Report on sanitation, dispensaries, and jails in Rajputana for 1919, and on vaccination for the year 1919-1920 - 1919-1920
Year: 1919
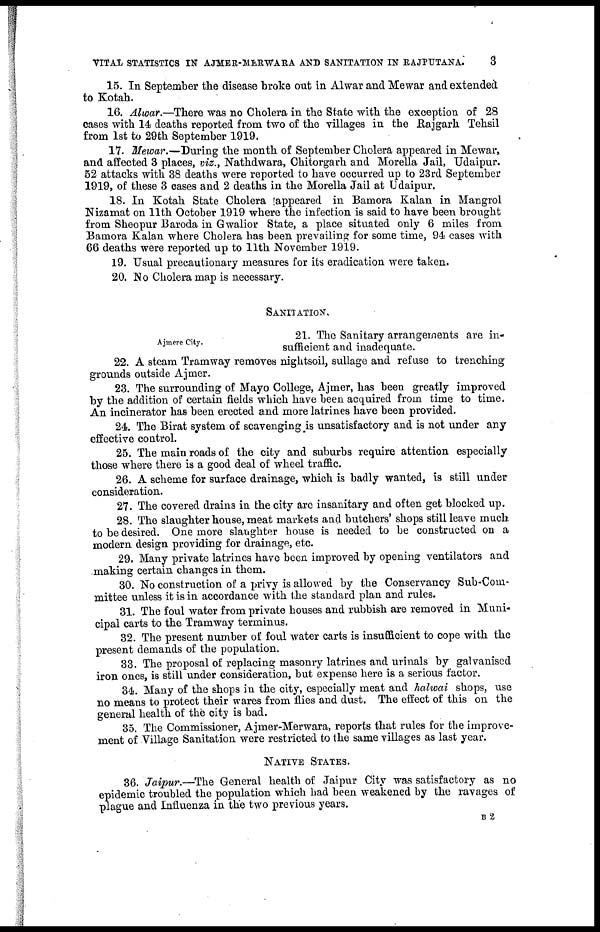
VITAL STATISTICS IN AJMER-MERWARA AND SANITATION IN RAJPUTANA.
3
15. In September the disease broke out in Alwar and Mewar and extended
to Kotah.
16. Alwar.—There was no Cholera in the State with the exception of 28
cases with 14 deaths reported from two of the villages in the Rajgarh Tehsil
from 1st to 29th September 1919.
17. Mewar.—During the month of September Cholera appeared in Mewar,
and affected 3 places, viz., Nathdwara, Chitorgarh and Morella Jail, Udaipur.
52 attacks with 38 deaths were reported to have occurred up to 23rd September
1919, of these 3 cases and 2 deaths in the Morella Jail at Udaipur.
18. In Kotah State Cholera [appeared in Bamora Kalan in Mangrol
Nizamat on 11th October 1919 where the infection is said to have been brought
from Sheopur Baroda in Gwalior State, a place situated only 6 miles from
Bamora Kalan where Cholera has been prevailing for some time, 94 cases with
66 deaths were reported up to 11th November 1919.
19. Usual precautionary measures for its eradication were taken.
20. No Cholera map is necessary.
SANITATION,
Ajmere City.
21. The Sanitary arrangements are in-
sufficient and inadequate.
22. A steam Tramway removes nightsoil, sullage and refuse to trenching
grounds outside Ajmer.
23. The surrounding of Mayo College, Ajmer, has been greatly improved
by the addition of certain fields which have been acquired from time to time.
An incinerator has been erected and more latrines have been provided.
24. The Birat system of scavenging is unsatisfactory and is not under any
effective control.
25. The main roads of the city and suburbs require attention especially
those where there is a good deal of wheel traffic.
26. A scheme for surface drainage, which is badly wanted, is still under
consideration.
27. The covered drains in the city arc insanitary and often get blocked up.
28. The slaughter house, meat markets and butchers' shops still leave much
to be desired. One more slaughter house is needed to be constructed on a
modern design providing for drainage, etc.
29. Many private latrines have been improved by opening ventilators and
making certain changes in them.
30. No construction of a privy is allowed by the Conservancy Sub-Com-
mittee unless it is in accordance with the standard plan and rules.
31. The foul water from private houses and rubbish are removed in Muni-
cipal carts to the Tramway terminus.
32. The present number of foul water carts is insufficient to cope with the
present demands of the population.
33. The proposal of replacing masonry latrines and urinals by galvanised
iron ones, is still under consideration, but expense here is a serious factor.
34. Many of the shops in the city, especially meat and halwai shops, use
no means to protect their wares from flies and dust. The effect of this on the
general health of the city is bad.
35. The Commissioner, Ajmer-Merwara, reports that rules for the improve-
ment of Village Sanitation were restricted to the same villages as last year.
NATIVE STATES.
36. Jaipur.—The General health of Jaipur City was satisfactory as no
epidemic troubled the population which had been weakened by the ravages of
plague and Influenza in the two previous years.
B 2